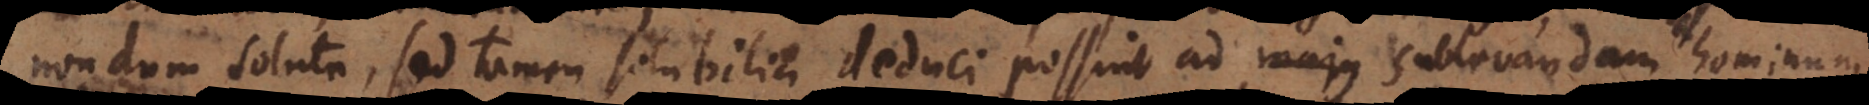
nondum soluta, sed tamen solubilia deduci possint ad sublevandam hominum